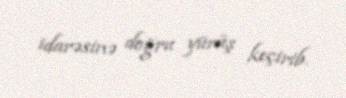
idarəsinə doğru yürüş keçirib.